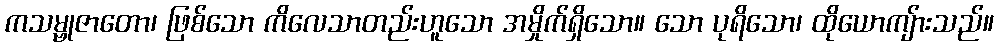
ကသမ္ဗုဇာတော၊ ဖြစ်သော ကိလေသာတည်းဟူသော အမှိုက်ရှိသော။ သော ပုရိသော၊ ထိုယောကျ်ားသည်။